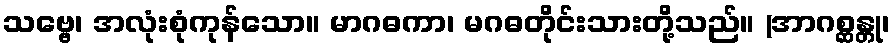
သဗ္ဗေ၊ အလုံးစုံကုန်သော။ မာဂဓကာ၊ မဂဓတိုင်းသားတို့သည်။ (အာဂစ္ဆန္တု၊